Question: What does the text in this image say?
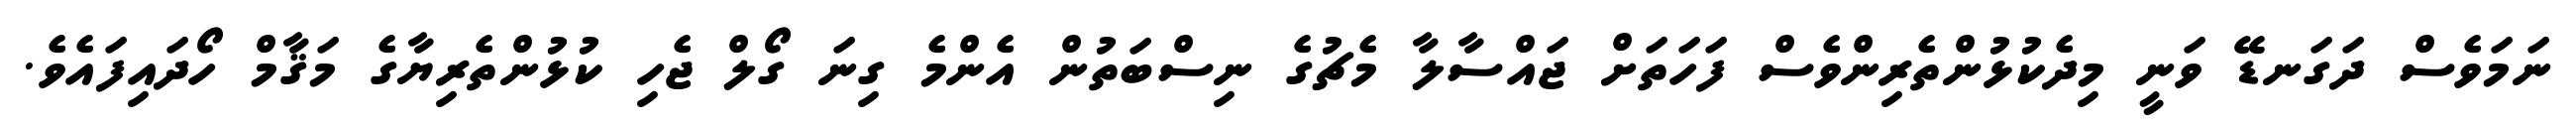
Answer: ނަމަވެސް ދަގަނޑޭ ވަނީ މިދެކުޅުންތެރިންވެސް ފަހަތަށް ޖައްސާލާ މެޗުގެ ނިސްބަތުން އެންމެ ގިނަ ގޯލް ޖެހި ކުޅުންތެރިޔާގެ މަޤާމް ހޯދައިފައެވެ.